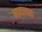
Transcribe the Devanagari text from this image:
मायावश